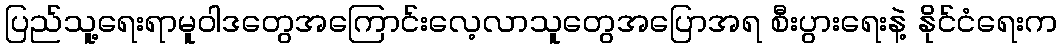
ပြည်သူ့ရေးရာမူဝါဒတွေအကြောင်းလေ့လာသူတွေအပြောအရ စီးပွားရေးနဲ့ နိုင်ငံရေးက